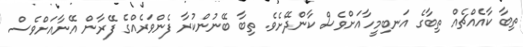
ތިބާ ކާއެއްޗެއް ތިބާގެ އަނބިމީހާއަށްވެސް ކާންދޭށެވެ. ތިބާ ބޭނުންކުރާ ފެންވަރެއްގެ ފޭރާން އޭނާއަށްވެސް